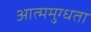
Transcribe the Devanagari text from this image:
आत्ममुग्धता